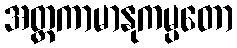
အတ္ထကာမာနုကမ္ပတော